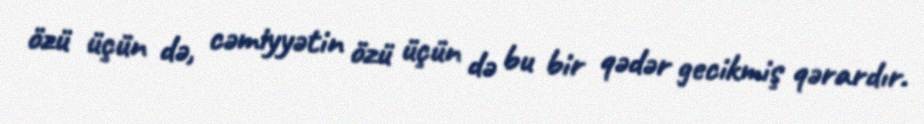
özü üçün də, cəmiyyətin özü üçün də bu bir qədər gecikmiş qərardır.